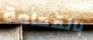
بالقمامة